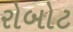
રોબોટ